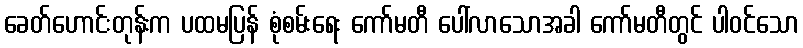
ခေတ်ဟောင်းတုန်းက ပထမပြန် စုံစမ်းရေး ကော်မတီ ပေါ်လာသောအခါ ကော်မတီတွင် ပါဝင်သော